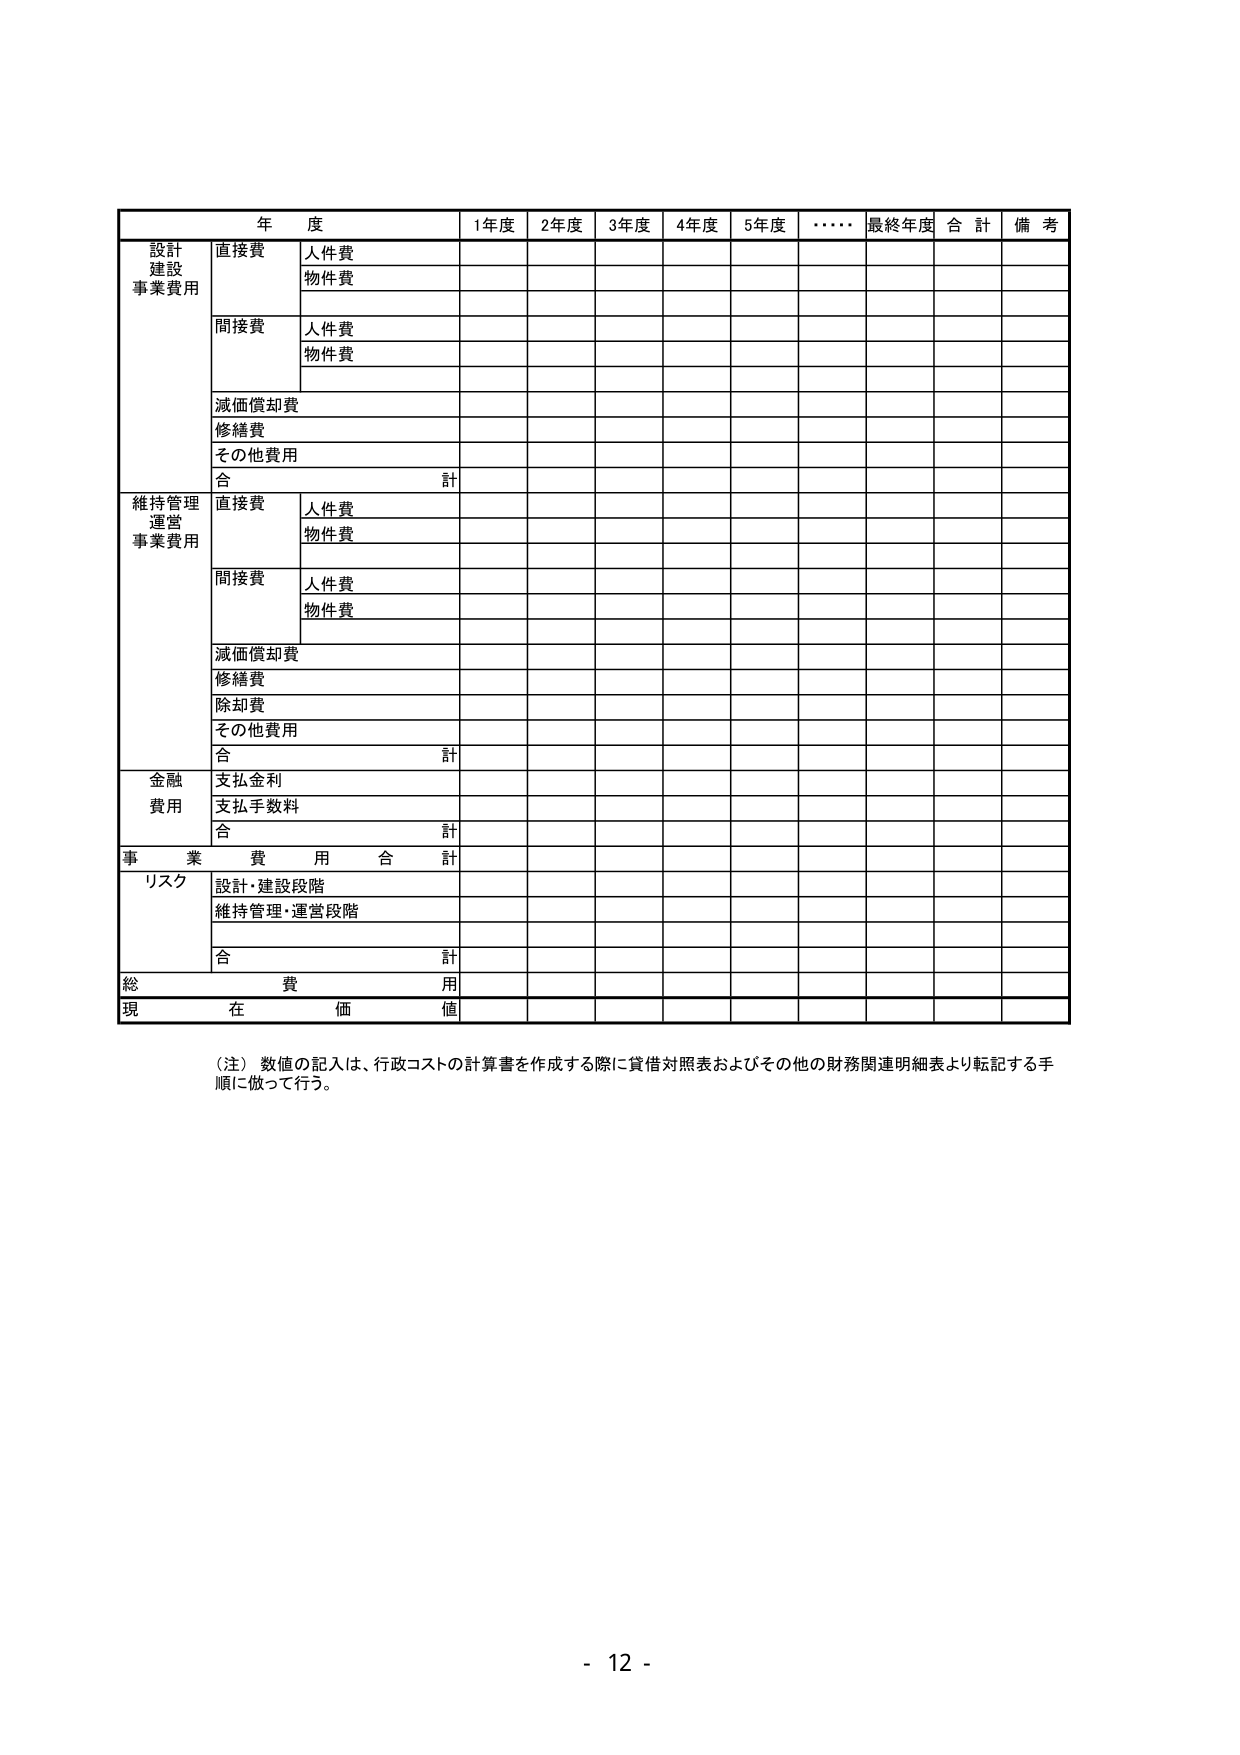
年 度 1年度 2年度 3年度 4年度 5年度 ・・・・ 最終年度 合 計 備 考
設計
建設
事業費用
直接費
人件費
物件費
間接費
人件費
物件費
減価償却費
修繕費
その他費用
合 計
維持管理
運営
事業費用
直接費
人件費
物件費
間接費
人件費
物件費
減価償却費
修繕費
除却費
その他費用
合 計
金融
費用
支払金利
支払手数料
合 計
事 業 費 用 合 計
リスク
設計・建設段階
維持管理・運営段階
合 計
総 費 用
現 在 価 値
（注）数値の記入は、行政コストの計算書を作成する際に貸借対照表およびその他の財務関連明細表より転記する手順に従って行う。
- 12 -